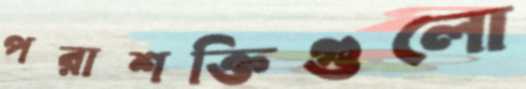
পরাশক্তিগুলো